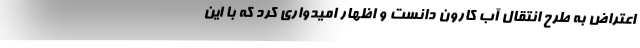
اعتراض به طرح انتقال آب کارون دانست و اظهار امیدواری کرد که با این